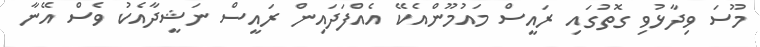
މޫސަ ވިދާޅުވި ގޮތުގައި ރައީސް މައުމޫންއެކޭ އެއްފަދައިން ރައީސް ނަޝީދާއެކު ވެސް އޭނާ